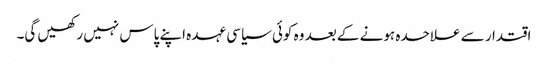
اقتدار سے علاحدہ ہونے کے بعد وہ کوئی سیاسی عہدہ اپنے پاس نہیں رکھیں گی۔